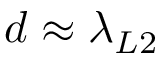
d \approx \lambda _ { L 2 }